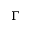
\Gamma